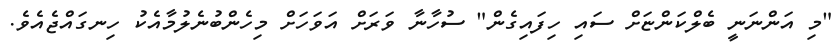
"މި އަންނަނީ ބެލްކަންޏަށް ސައި ހިފައިގެން" ސުހާނާ ވަރަށް އަވަހަށް މިހެންބުނެލުމާއެކު ހިނގައްޖެއެވެ.